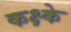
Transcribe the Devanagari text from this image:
कक्ष्के